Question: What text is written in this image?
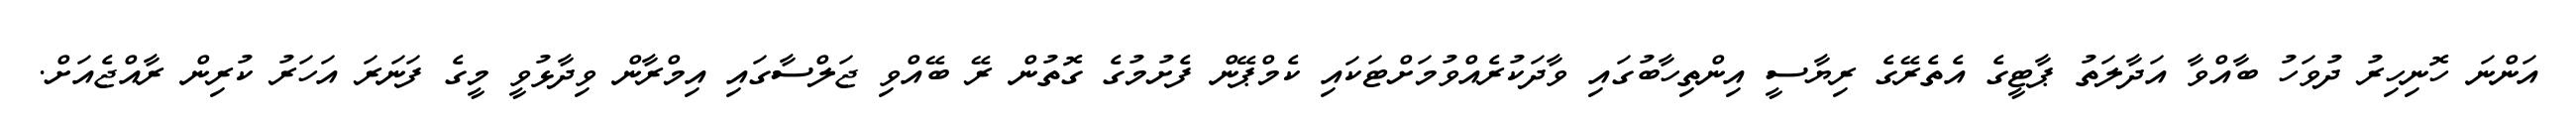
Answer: އަންނަ ހޮނިހިރު ދުވަހު ބާއްވާ އަދާލަތު ޕާޓީގެ އެތެރޭގެ ރިޔާސީ އިންތިހާބުގައި ވާދަކުރެއްވުމަށްޓަކައި ކެމްޕޭން ފެށުމުގެ ގޮތުން ރޭ ބޭއްވި ޖަލްސާގައި އިމްރާން ވިދާޅުވީ މީގެ ފަނަރަ އަހަރު ކުރިން ރާއްޖެއަށް.